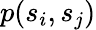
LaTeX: p(s_{i},s_{j})